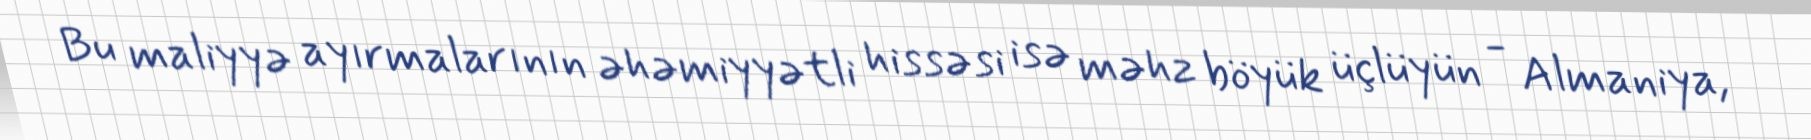
Bu maliyyə ayırmalarının əhəmiyyətli hissəsi isə məhz böyük üçlüyün - Almaniya,